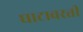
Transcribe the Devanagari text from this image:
घाटावरती